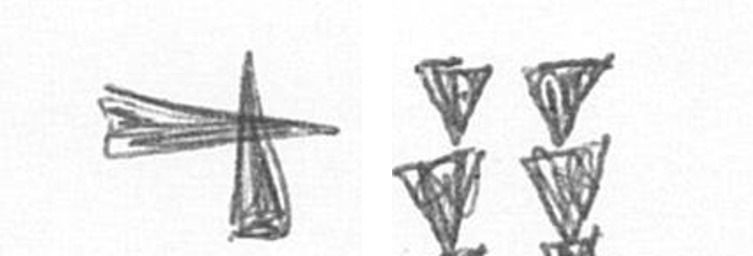
G Y